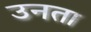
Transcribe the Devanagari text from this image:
उनता